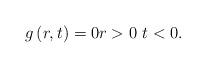
LaTeX: \begin{align*}g\left( r,t\right) =0r>0~t<0. \end{align*}